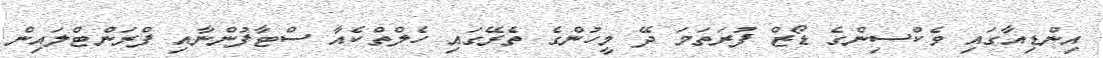
އިންޑިއާގައި ވެކްސިންގެ ޑޯޒް ފުރަތަމަ ދޭ މީހުންގެ ތެރޭގައި ހެލްތްކެއާ ސްޓާފުންނާއި ފްރަންޓްލައިން